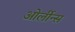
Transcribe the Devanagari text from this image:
ओर्लीन्स